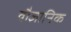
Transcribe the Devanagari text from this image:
वौज्ञानिक